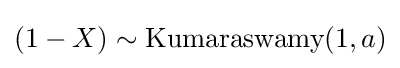
(1-X)\sim {\textrm {Kumaraswamy}}(1,a)